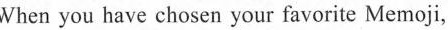
When you have chosen your favorite Memoji,